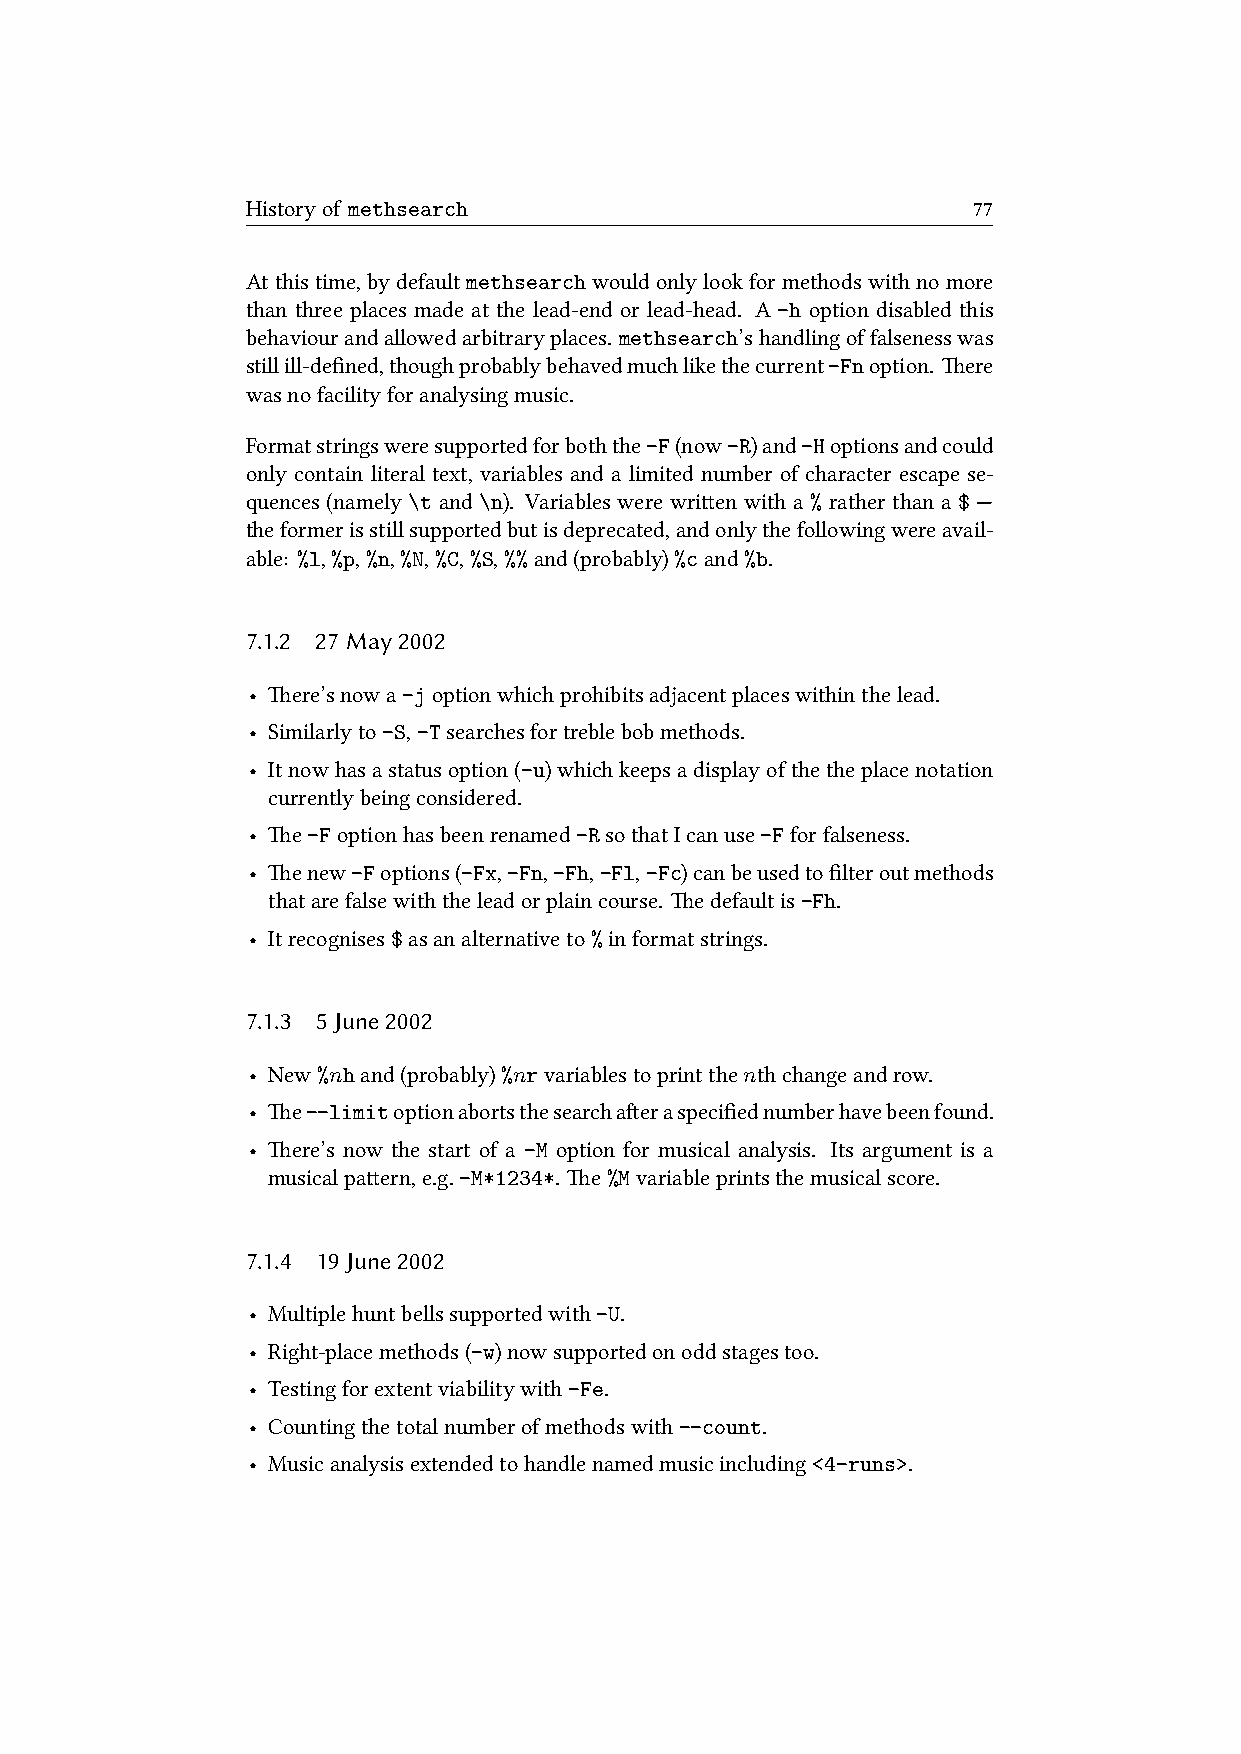
Historyof methsearch                            77
 Atthistime,bydefaultmethsearchwouldonlylookformethodswithnomore
 than three places made at the lead-end or lead-head. A -h option disabled this
 behaviourandallowedarbitraryplaces. methsearch’shandlingoffalsenesswas
 stillill-defined,thoughprobablybehavedmuchlikethecurrent-Fnoption. ere
 wasnofacilityforanalysingmusic.
 Formatstringsweresupportedforboththe-F(now-R)and-Hoptionsandcould
 only contain literal text, variables and a limited number of character escape se-
 quences (namely \t and \n). Variables were wrien with a % rather than a $ —
 theformerisstillsupportedbutisdeprecated,andonlythefollowingwereavail-
 able: %l,%p,%n,%N,%C,%S,%%and(probably)%cand%b.
 7.1.2 27May2002
 • ere’snowa-joptionwhichprohibitsadjacentplaceswithinthelead.
 • Similarlyto-S,-Tsearchesfortreblebobmethods.
 • Itnowhasastatusoption(-u)whichkeepsadisplayofthetheplacenotation
 currentlybeingconsidered.
 • e-Foptionhasbeenrenamed-RsothatIcanuse-Fforfalseness.
 • enew-Foptions(-Fx,-Fn,-Fh,-Fl,-Fc)canbeusedtofilteroutmethods
 thatarefalsewiththeleadorplaincourse. edefaultis-Fh.
 • Itrecognises$asanalternativeto%informatstrings.
 7.1.3 5June2002
 • New%nhand(probably)%nrvariablestoprintthenthchangeandrow.
 • e--limitoptionabortsthesearchaeraspecifiednumberhavebeenfound.
 • ere’s now the start of a -M option for musical analysis. Its argument is a
 musicalpaern,e.g.-M*1234*. e%Mvariableprintsthemusicalscore.
 7.1.4 19June2002
 • Multiplehuntbellssupportedwith-U.
 • Right-placemethods(-w)nowsupportedonoddstagestoo.
 • Testingforextentviabilitywith-Fe.
 • Countingthetotalnumberofmethodswith--count.
 • Musicanalysisextendedtohandlenamedmusicincluding<4-runs>.